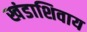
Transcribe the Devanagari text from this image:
खंडाशिवाय